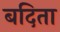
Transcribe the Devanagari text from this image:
बदिता